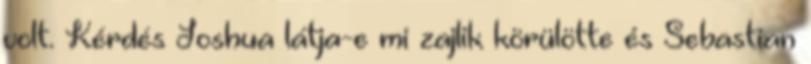
volt. Kérdés Joshua látja-e mi zajlik körülötte és Sebastian